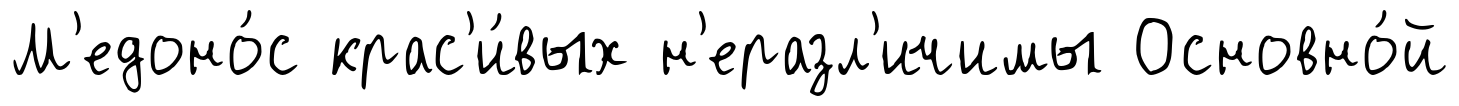
М'едоно́с крас'и́вых н'еразл'ичимы Основно́й